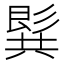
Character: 𪞋